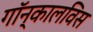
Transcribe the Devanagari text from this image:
गॉन्कालविस